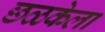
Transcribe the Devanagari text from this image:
छळकेला